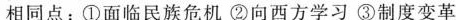
相同点：①面临民族危机②向西方学习③制度变革